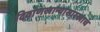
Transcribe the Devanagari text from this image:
दिवाणखान्यासारखाच